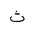
Letter: _tha